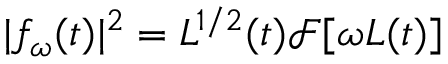
| f _ { \omega } ( t ) | ^ { 2 } = L ^ { 1 / 2 } ( t ) \mathcal { F } [ \omega L ( t ) ]